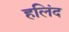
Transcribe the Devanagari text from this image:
हलिंद